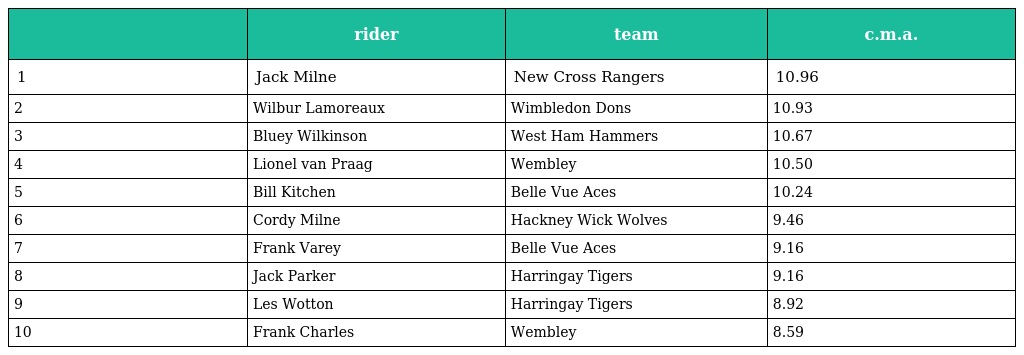
|  | rider | team | c.m.a. |
 | --- | --- | --- | --- |
 | 1 | Jack Milne | New Cross Rangers | 10.96 |
 | 2 | Wilbur Lamoreaux | Wimbledon Dons | 10.93 |
 | 3 | Bluey Wilkinson | West Ham Hammers | 10.67 |
 | 4 | Lionel van Praag | Wembley | 10.50 |
 | 5 | Bill Kitchen | Belle Vue Aces | 10.24 |
 | 6 | Cordy Milne | Hackney Wick Wolves | 9.46 |
 | 7 | Frank Varey | Belle Vue Aces | 9.16 |
 | 8 | Jack Parker | Harringay Tigers | 9.16 |
 | 9 | Les Wotton | Harringay Tigers | 8.92 |
 | 10 | Frank Charles | Wembley | 8.59 |